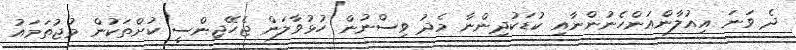
ދެ ވަނަ އިއުލާންއަންހެނުންނާއި ކުޑަކުދިންނާ މެދު ވިސްނުން ހުޅުވާލަން ޖެހޭޖިންސީ ކުށްތަކުން މުޖުތަމައު